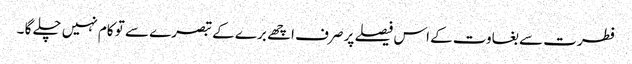
فطرت سے بغاوت کے اس فیصلے پر صرف اچھے برے کے تبصرے سے تو کام نہیں چلے گا ۔